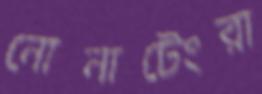
নোনাটেংরা